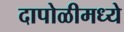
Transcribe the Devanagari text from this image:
दापोळीमध्ये